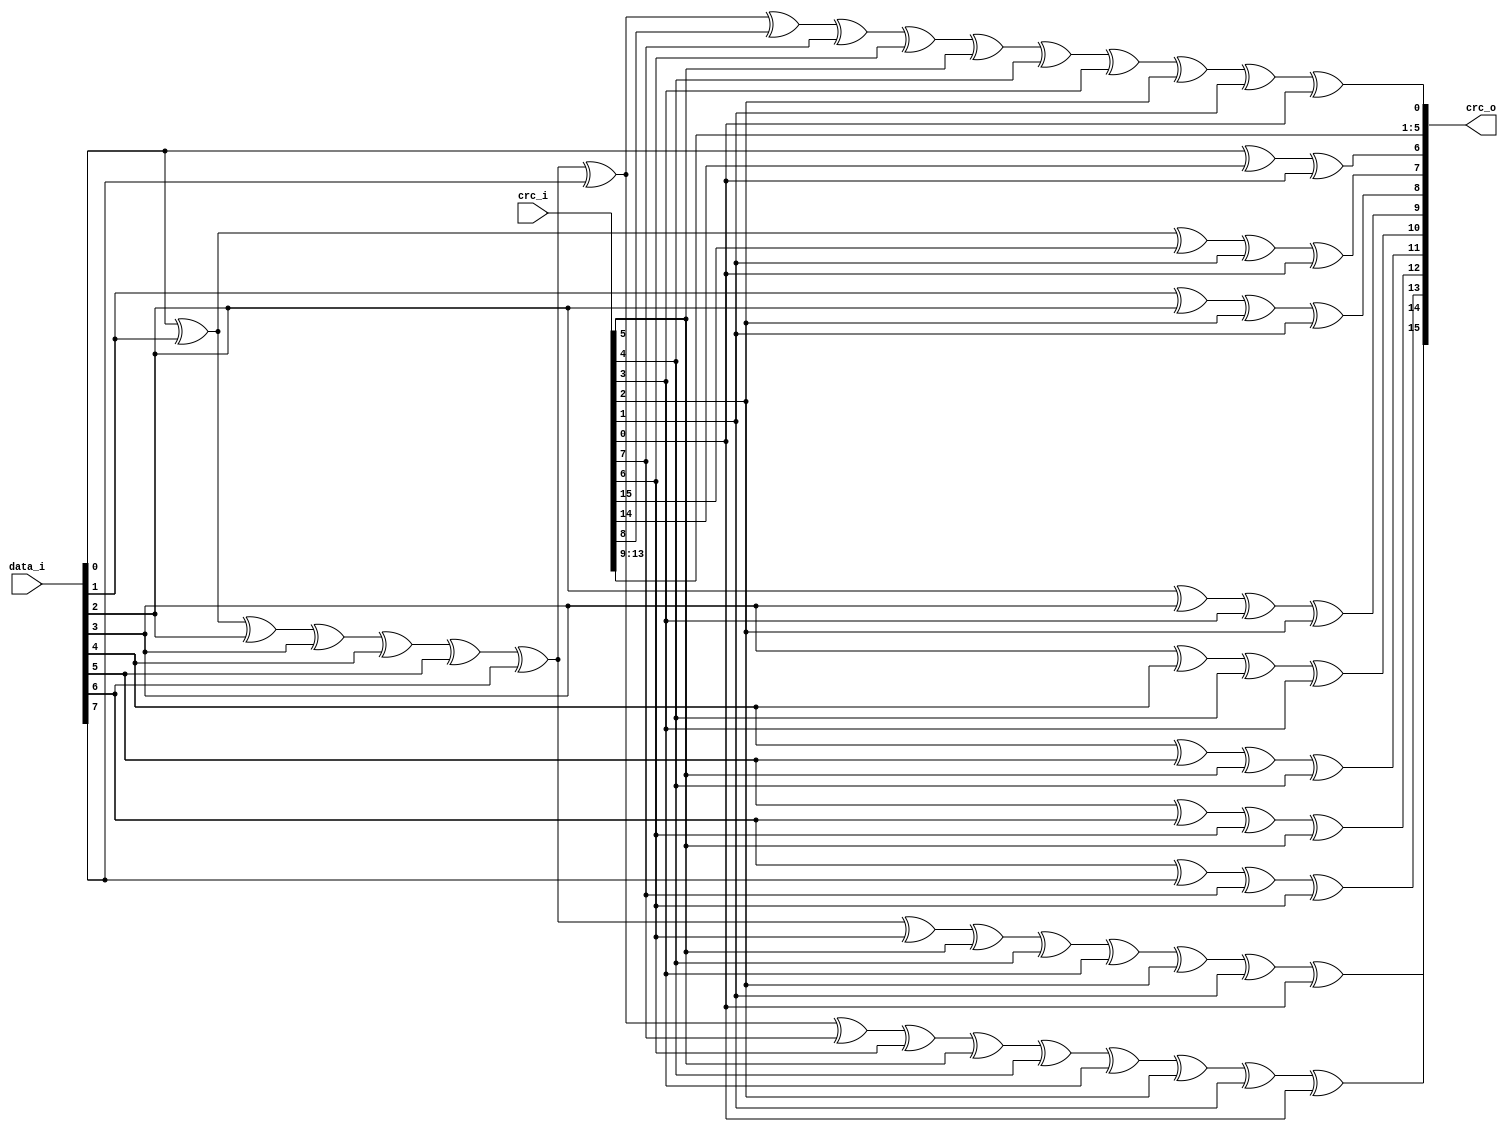
// This program was cloned from: https://github.com/dan-rodrigues/icestation-32
// License: MIT License

//-----------------------------------------------------------------
//                     USB Full Speed Host
//                           V0.5
//                     Ultra-Embedded.com
//                     Copyright 2015-2019
//
//
//                         License: GPL
// If you would like a version with a more permissive license for
// use in closed source commercial applications please contact me
// for details.
//-----------------------------------------------------------------
//
// This file is open source HDL; you can redistribute it and/or 
// modify it under the terms of the GNU General Public License as 
// published by the Free Software Foundation; either version 2 of 
// the License, or (at your option) any later version.
//
// This file is distributed in the hope that it will be useful,
// but WITHOUT ANY WARRANTY; without even the implied warranty of
// MERCHANTABILITY or FITNESS FOR A PARTICULAR PURPOSE.  See the
// GNU General Public License for more details.
//
// You should have received a copy of the GNU General Public 
// License along with this file; if not, write to the Free Software
// Foundation, Inc., 59 Temple Place, Suite 330, Boston, MA 02111-1307
// USA
//-----------------------------------------------------------------
 
//-----------------------------------------------------------------
//                          Generated File
//-----------------------------------------------------------------
//-----------------------------------------------------------------
// Module: 16-bit CRC used by USB data packets
//-----------------------------------------------------------------
module usbh_crc16
(
    input [15:0]    crc_i,
    input [7:0]     data_i,
    output [15:0]   crc_o
);
 
//-----------------------------------------------------------------
// Implementation
//-----------------------------------------------------------------
assign crc_o[15] =    data_i[0] ^ data_i[1] ^ data_i[2] ^ data_i[3] ^ data_i[4] ^
                        data_i[5] ^ data_i[6] ^ data_i[7] ^ crc_i[7] ^ crc_i[6] ^
                        crc_i[5] ^ crc_i[4] ^ crc_i[3] ^ crc_i[2] ^
                        crc_i[1] ^ crc_i[0];
assign crc_o[14] =    data_i[0] ^ data_i[1] ^ data_i[2] ^ data_i[3] ^ data_i[4] ^ data_i[5] ^
                        data_i[6] ^ crc_i[6] ^ crc_i[5] ^ crc_i[4] ^
                        crc_i[3] ^ crc_i[2] ^ crc_i[1] ^ crc_i[0];
assign crc_o[13] =    data_i[6] ^ data_i[7] ^ crc_i[7] ^ crc_i[6];
assign crc_o[12] =    data_i[5] ^ data_i[6] ^ crc_i[6] ^ crc_i[5];
assign crc_o[11] =    data_i[4] ^ data_i[5] ^ crc_i[5] ^ crc_i[4];
assign crc_o[10] =    data_i[3] ^ data_i[4] ^ crc_i[4] ^ crc_i[3];
assign crc_o[9] =     data_i[2] ^ data_i[3] ^ crc_i[3] ^ crc_i[2];
assign crc_o[8] =     data_i[1] ^ data_i[2] ^ crc_i[2] ^ crc_i[1];
assign crc_o[7] =     data_i[0] ^ data_i[1] ^ crc_i[15] ^ crc_i[1] ^ crc_i[0];
assign crc_o[6] =     data_i[0] ^ crc_i[14] ^ crc_i[0];
assign crc_o[5] =     crc_i[13];
assign crc_o[4] =     crc_i[12];
assign crc_o[3] =     crc_i[11];
assign crc_o[2] =     crc_i[10];
assign crc_o[1] =     crc_i[9];
assign crc_o[0] =     data_i[0] ^ data_i[1] ^ data_i[2] ^ data_i[3] ^ data_i[4] ^ data_i[5] ^
                        data_i[6] ^ data_i[7] ^ crc_i[8] ^ crc_i[7] ^ crc_i[6] ^
                        crc_i[5] ^ crc_i[4] ^ crc_i[3] ^ crc_i[2] ^
                        crc_i[1] ^ crc_i[0];
 
endmodule